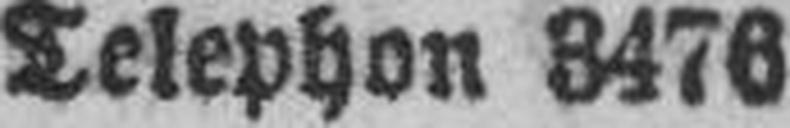
Telephon 3476